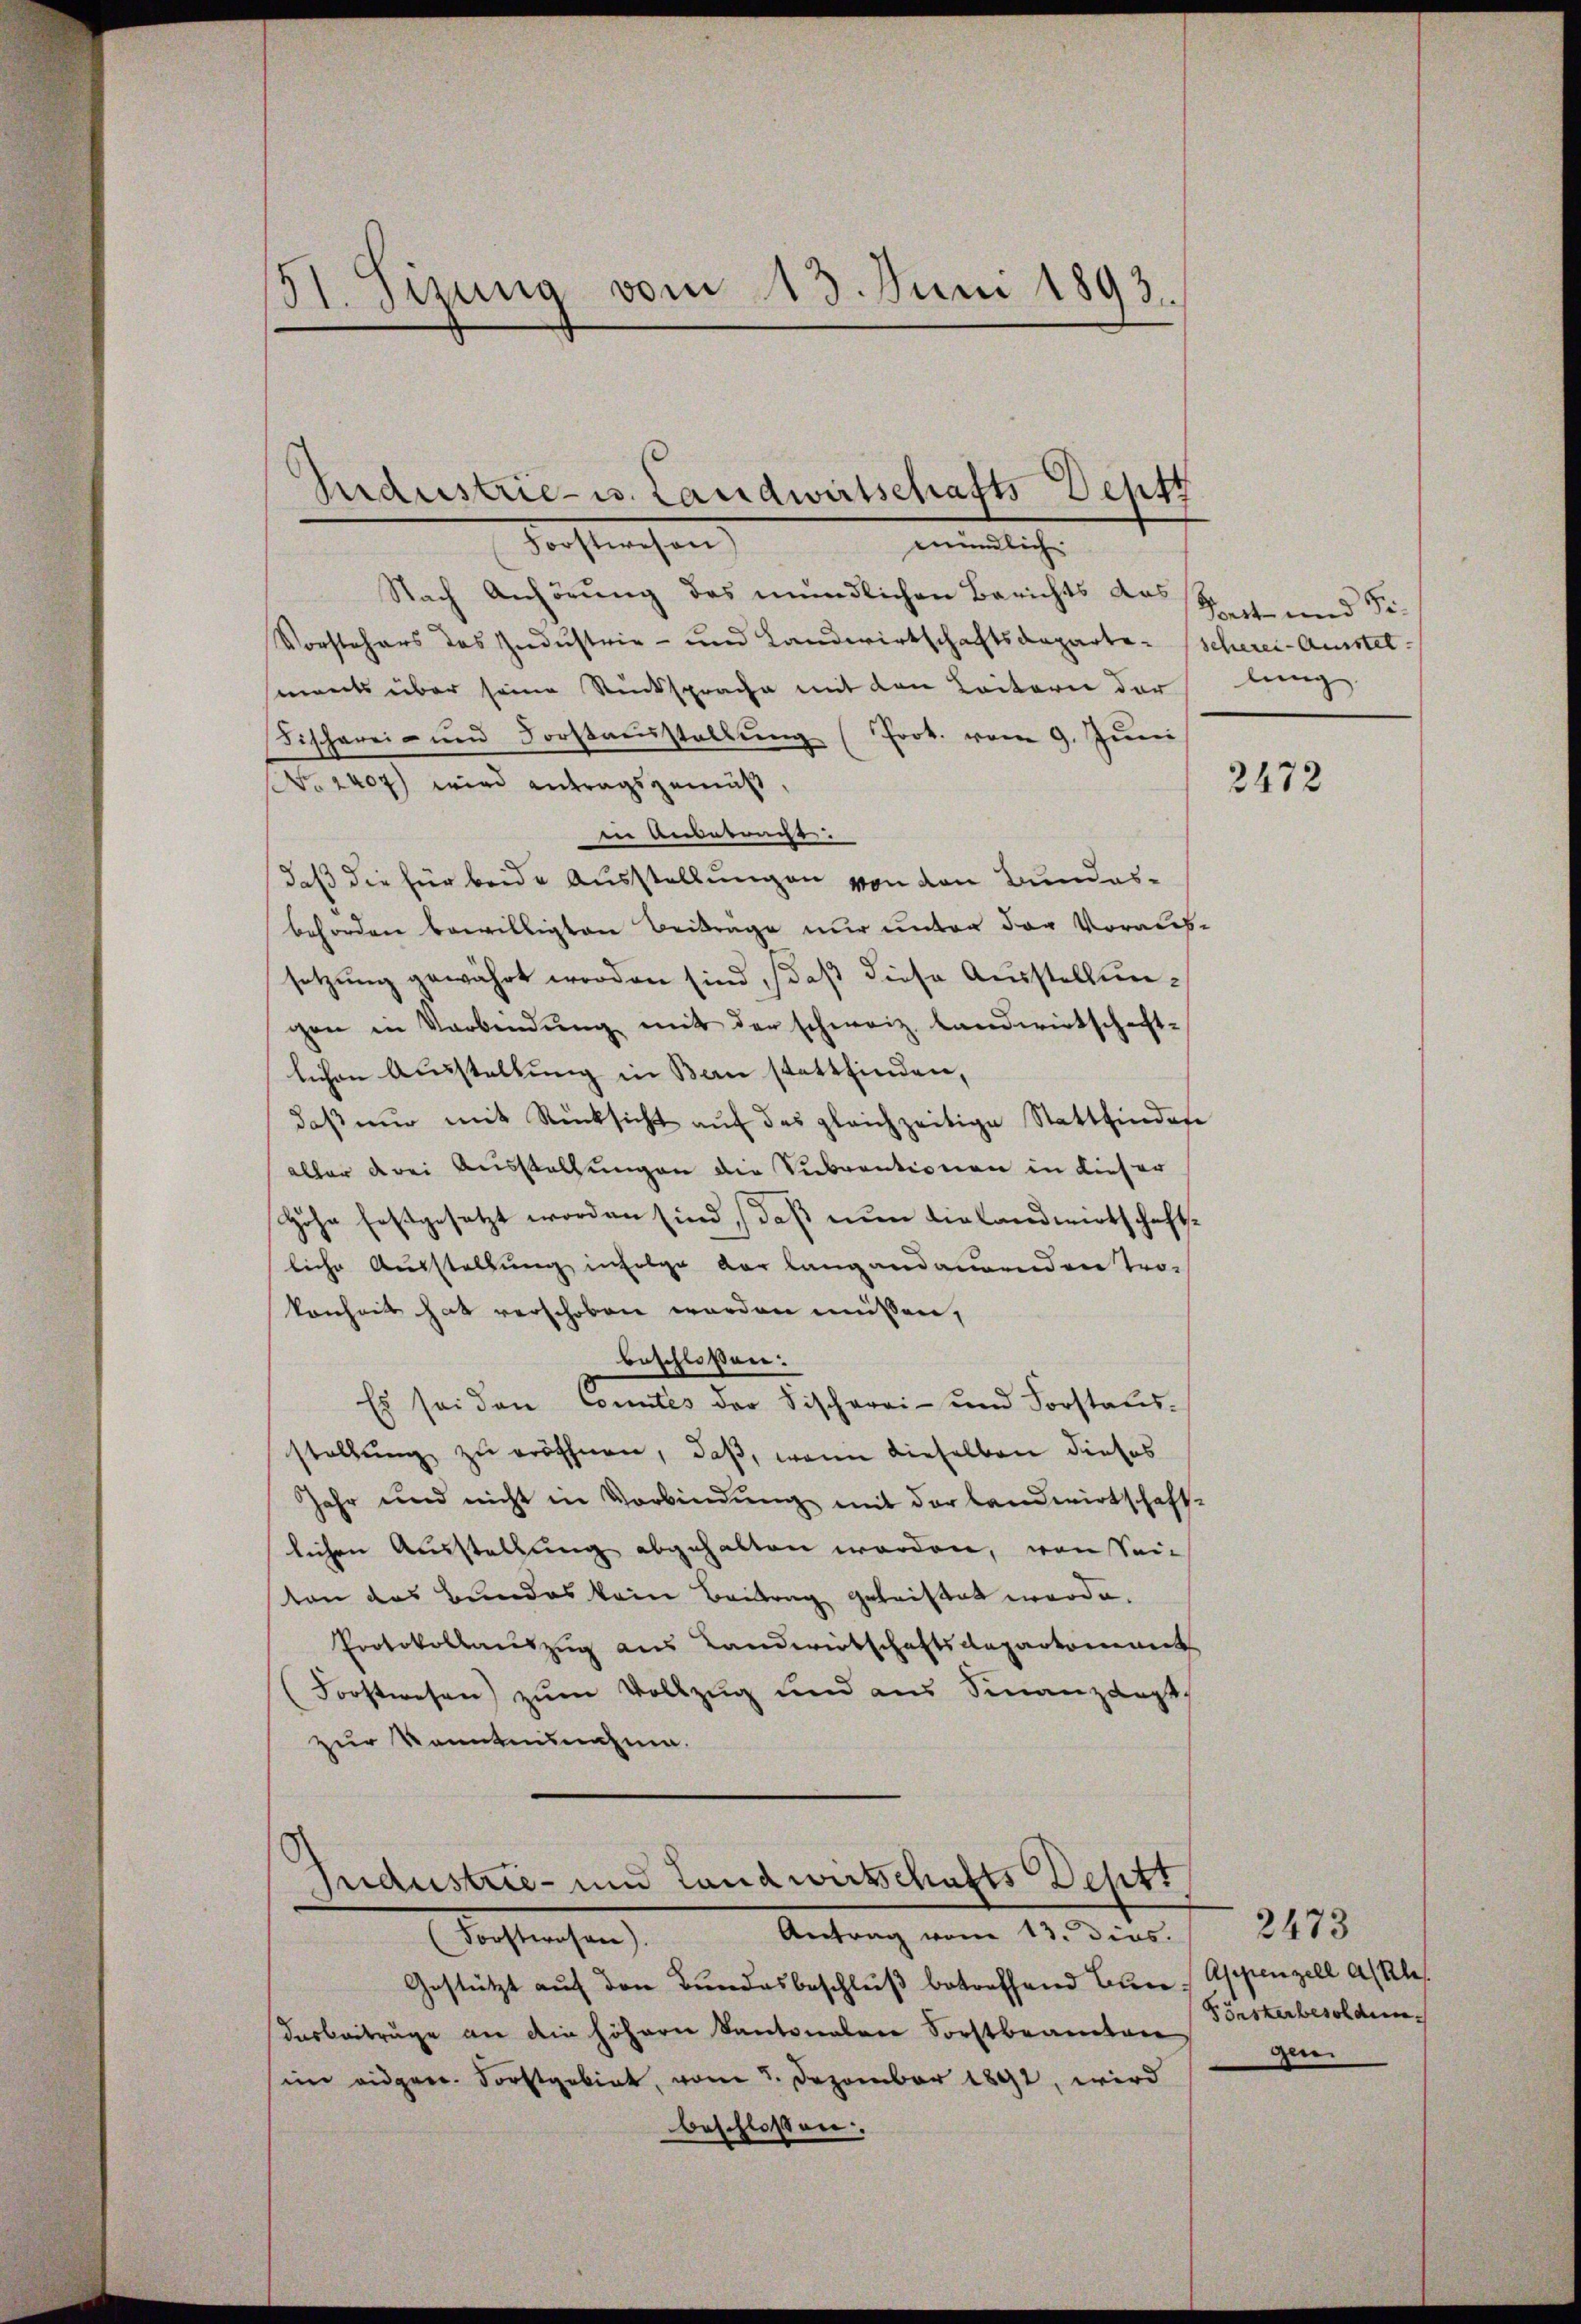
H. Sizung vom 13. Juni 1892.

Nach Anhörung des mündlichen Berichts das
Vorstehers des Industrie- und Landwirtschaftsdeparte-Scherei- Ausstelments über seine Rücksprache mit den Leitern der lang
Fischerei- und Forstausstellŭng (Joot. vom 9. Juni
NNo. 2407) wird antragsgemäß
in Anbetruge.
daß die für beide Ausstellungen von den Bundesbehörden bewilligten Beiträge nur unter der Voraus-
setzung gewährt werden sind, daß diese Ausstellungen in Verbindŭng mit der schweiz. Landwirtschaft-
lichen Ausstellung in Bern stattfinden,
daβ nŭr mit Rücksicht auf das gleichzeitige Stattfindete
aller drei Ausstellungen die Subventionen in dieser
Höhe festgesetzt worden sind, daß nun hielandwirtschafte
liche Ausstellung infolge der langandauernden Tro-
konheit hat verschoben worden müssen,
beschlossen:
Es sei den Comtes der Fischerei- und Forstaus
stellung zu eröffnen, daß, wenn dieselben dieses
Jahr und nicht in Vorbindung mit der Landwirtschaft-
lichen Ausstellung abgehalten werden, von Sein
ton das Bundes kein Beitrag geleistet werde.
Protokollauszug aus Landwirtschaftsdepartement
Forstwesen) zum Vollzug und aus Finanzkast
zur Kenntnisnahme.

Baustrie- u. Landwirtschafts Sept
Forstwesen
mündlich

Industrie- und Landwirtschafts Besitt
Antrag vom 13. Dies.
Aechtlichen

Gestützt auf den Bundesbeschluß betreffend Bun
darbeiträge an die höhern Kantonalen Sorstbeamten
sein eidgen. Forstgebiet, vom 5. Dezember 1891, wird
beschlossen.

Poett und Si¬

2472

2473
Appenzell als Kle
Keskerbesoldun
gen.